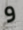
و